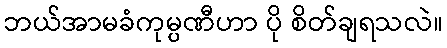
ဘယ်အာမခံကုမ္ပဏီဟာ ပို စိတ်ချရသလဲ။